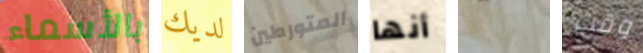
بالأسماء لديك المتورطين أنها اليانكي وقت